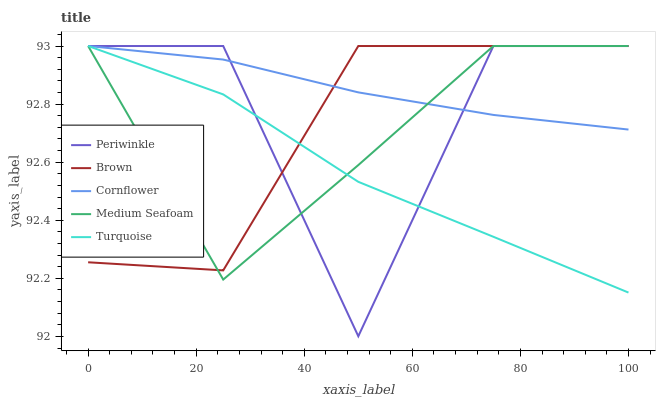
| xaxis_label | Periwinkle | Brown | Cornflower | Medium Seafoam | Turquoise |
 | --- | --- | --- | --- | --- | --- |
 | 0 | 93 | 92.3 | 93 | 93 | 93 |
 | 25 | 93 | 92.2 | 93 | 92.2 | 92.8 |
 | 50 | 92 | 93 | 92.8 | 92.6 | 92.5 |
 | 75 | 93 | 93 | 92.8 | 93 | 92.3 |
 | 100 | 93 | 93 | 92.7 | 93 | 92.2 |